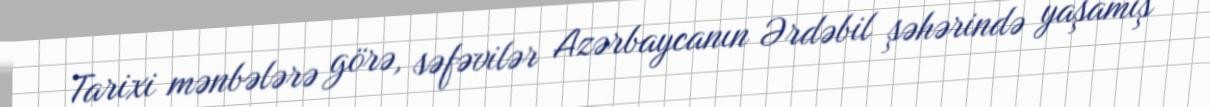
Tarixi mənbələrə görə, səfəvilər Azərbaycanın Ərdəbil şəhərində yaşamış